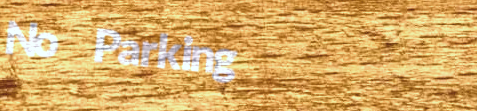
No Parking